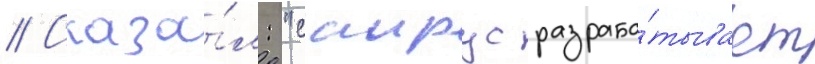
// Сказа́л: "саирус разраба́тывает